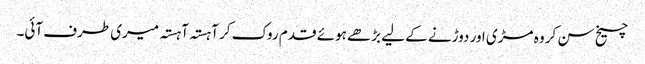
چیخ سن کر وہ مڑی اور دوڑنے کے لیے بڑھے ہوئے قدم روک کر آہستہ آہستہ میری طرف آئی۔